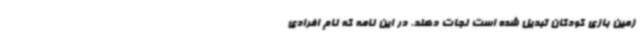
زمین بازی کودکان تبدیل شده است نجات دهند. در این نامه که نام افرادی